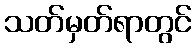
သတ်မှတ်ရာတွင်